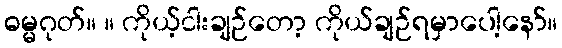
ဓမ္မဂုတ်။ ။ ကိုယ့်ငါးချဉ်တော့ ကိုယ်ချဉ်ရမှာပေါ့နော်။